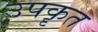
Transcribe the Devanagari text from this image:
उपकॄत